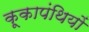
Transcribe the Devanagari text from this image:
कूकापंथियों